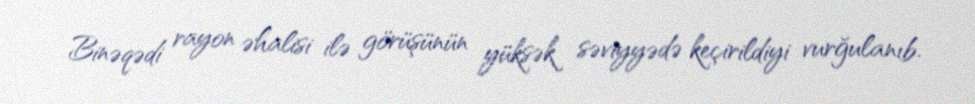
Binəqədi rayon əhalisi ilə görüşünün yüksək səviyyədə keçirildiyi vurğulanıb.